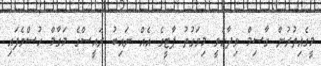
މީގެއިތުރުން ގާސިމް ވިދާޅުވީ މިވަގުތު ޕާޓީގެ އެއް ނައިބު ރައީސްގެ މަގާމް ހުސްވެފައި